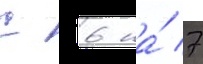
с 6 на́ 7